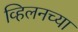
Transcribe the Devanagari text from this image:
व्हिलनच्या